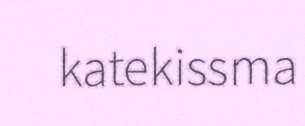
katekissma